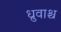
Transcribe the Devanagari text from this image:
ध्रुवाश्च